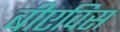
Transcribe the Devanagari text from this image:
बीएविस